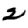
Digit: 2